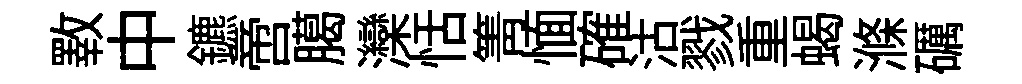
斁中鑣啻臈灤恬箐愐確沽戮重蝎滌礪